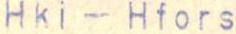
TELEGRAFEN